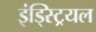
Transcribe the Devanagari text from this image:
इंड्स्ट्रियल